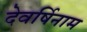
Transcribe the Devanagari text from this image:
देवर्षिनाम